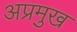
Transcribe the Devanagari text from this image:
अप्रमुख